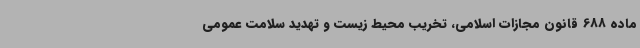
ماده 688 قانون مجازات اسلامی، تخریب محیط زیست و تهدید سلامت عمومی